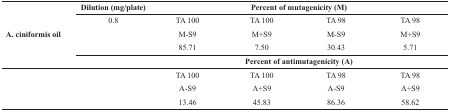
<table><thead><tr><td>[EMPTY_CELL]</td><td><b>Dilution(mg/plate)</b></td><td colspan="4"><b>Percent of mutagenicity (M)</b></td></tr></thead><tbody><tr><td rowspan="6">A. ciniformis oil</td><td rowspan="6">0.8</td><td>TA 100M-S9</td><td>TA 100M+S9</td><td>TA 98M-S9</td><td>TA 98M+S9</td></tr><tr><td>85.71</td><td>7.50</td><td>30.43</td><td>5.71</td></tr><tr><td colspan="4">Percent of antimutagenicity (A)</td></tr><tr><td>TA 100A-S9</td><td>TA 100A+S9</td><td>TA 98A-S9</td><td>TA 98A+S9</td></tr><tr><td>13.46</td><td>45.83</td><td>86.36</td><td>58.62</td></tr></tbody></table>